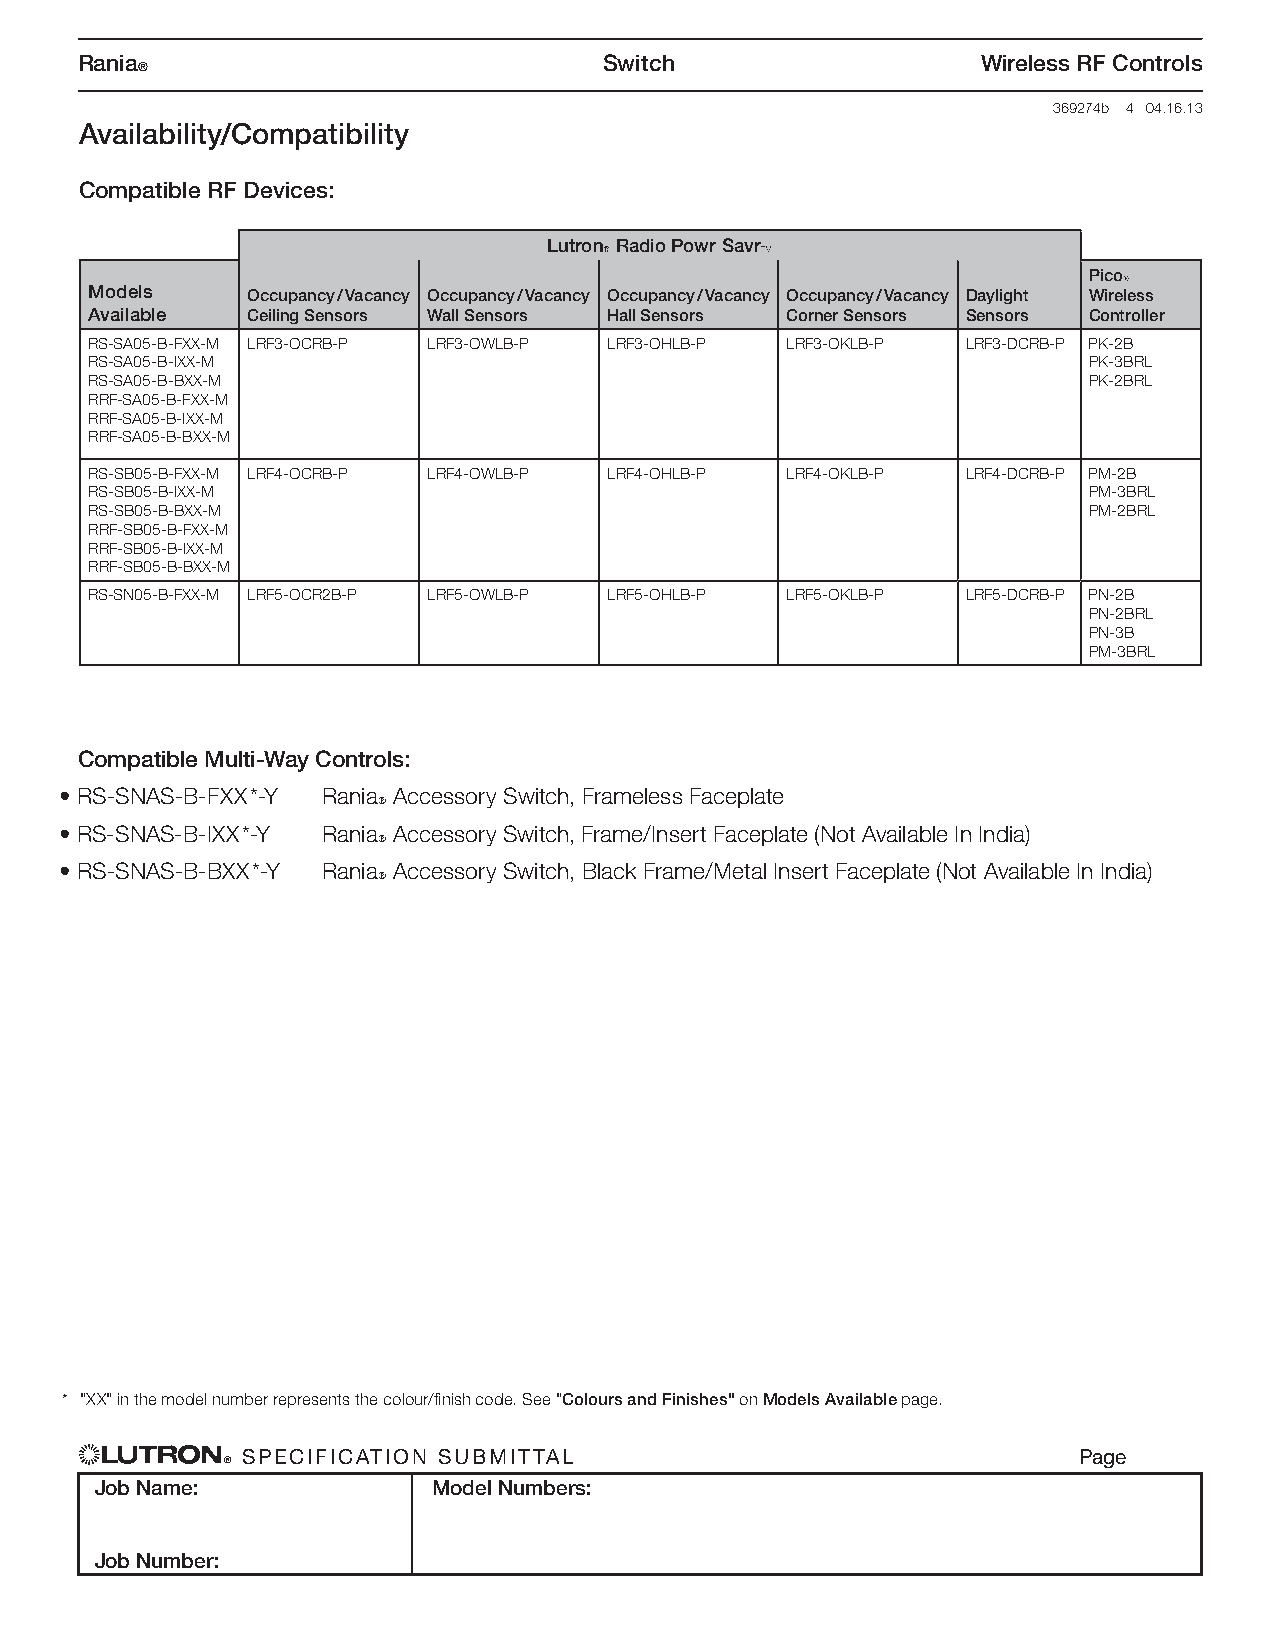
Rania                              Switch                   Wireless RF Controls
 ®
 369274b 4 04.16.13
 Availability/Compatibility
 Compatible RF Devices:
 LutronR Radio Powr SavrT
 PicoR
 Models    Occupancy / Vacancy Occupancy / Vacancy Occupancy / Vacancy Occupancy / Vacancy Daylight Wireless
 Available Ceiling Sensors Wall Sensors Hall Sensors Corner Sensors Sensors Controller
 RS-SA05-B-FXX-M LRF3-OCRB-P LRF3-OWLB-P LRF3-OHLB-P LRF3-OKLB-P LRF3-DCRB-P PK-2B
 RS-SA05-B-IXX-M                                                   PK-3BRL
 RS-SA05-B-BXX-M                                                   PK-2BRL
 RRF-SA05-B-FXX-M
 RRF-SA05-B-IXX-M
 RRF-SA05-B-BXX-M
 RS-SB05-B-FXX-M LRF4-OCRB-P LRF4-OWLB-P LRF4-OHLB-P LRF4-OKLB-P LRF4-DCRB-P PM-2B
 RS-SB05-B-IXX-M                                                   PM-3BRL
 RS-SB05-B-BXX-M                                                   PM-2BRL
 RRF-SB05-B-FXX-M
 RRF-SB05-B-IXX-M
 RRF-SB05-B-BXX-M
 RS-SN05-B-FXX-M LRF5-OCR2B-P LRF5-OWLB-P LRF5-OHLB-P LRF5-OKLB-P LRF5-DCRB-P PN-2B
 PN-2BRL
 PN-3B
 PM-3BRL
 Compatible Multi-Way Controls:
 • RS-SNAS-B-FXX *-Y RaniaR Accessory Switch, Frameless Faceplate
 • RS-SNAS-B-IXX *-Y RaniaR Accessory Switch, Frame/Insert Faceplate (Not Available In India)
 • RS-SNAS-B-BXX *-Y RaniaR Accessory Switch, Black Frame/Metal Insert Faceplate (Not Available In India)
 * "XX" in the model number represents the colour/fi nish code. See "Colours and Finishes" on Models Available page.
 SPECIFICATION SUBMITTAL                                Page
 ®
 Job Name:              Model Numbers:
 Job Number: